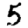
Digit: 5